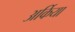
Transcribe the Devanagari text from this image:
अर्किया